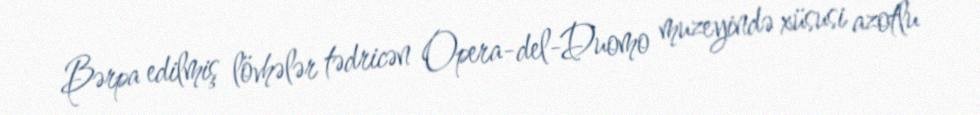
Bərpa edilmiş lövhələr tədricən Opera-del-Duomo muzeyində xüsusi azotlu